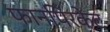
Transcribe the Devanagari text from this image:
फानपिरकेट